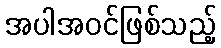
အပါအဝင်ဖြစ်သည့်